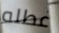
عطله